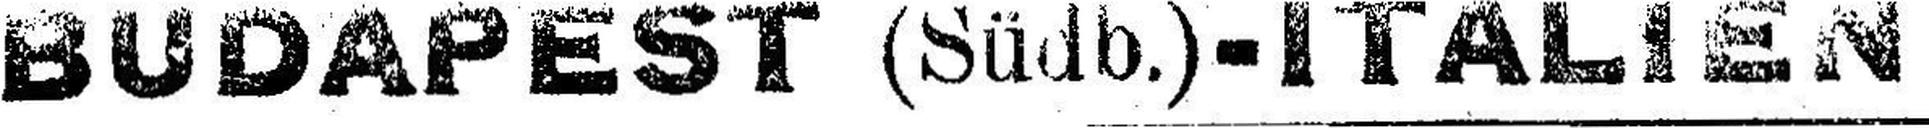
BUDAPEST (Südb.) - ITALIEN